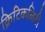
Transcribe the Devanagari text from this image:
क्रिटिकलिटी